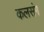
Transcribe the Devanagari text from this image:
कलसंग